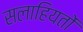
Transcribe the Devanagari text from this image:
सलाहियतों